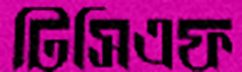
টিসিএফ